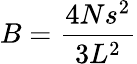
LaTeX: B=\frac{4Ns^{2}}{3L^{2}}